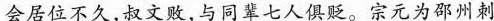
会居位不久，叔文败，与同辈七人俱贬。宗元为邵州刺